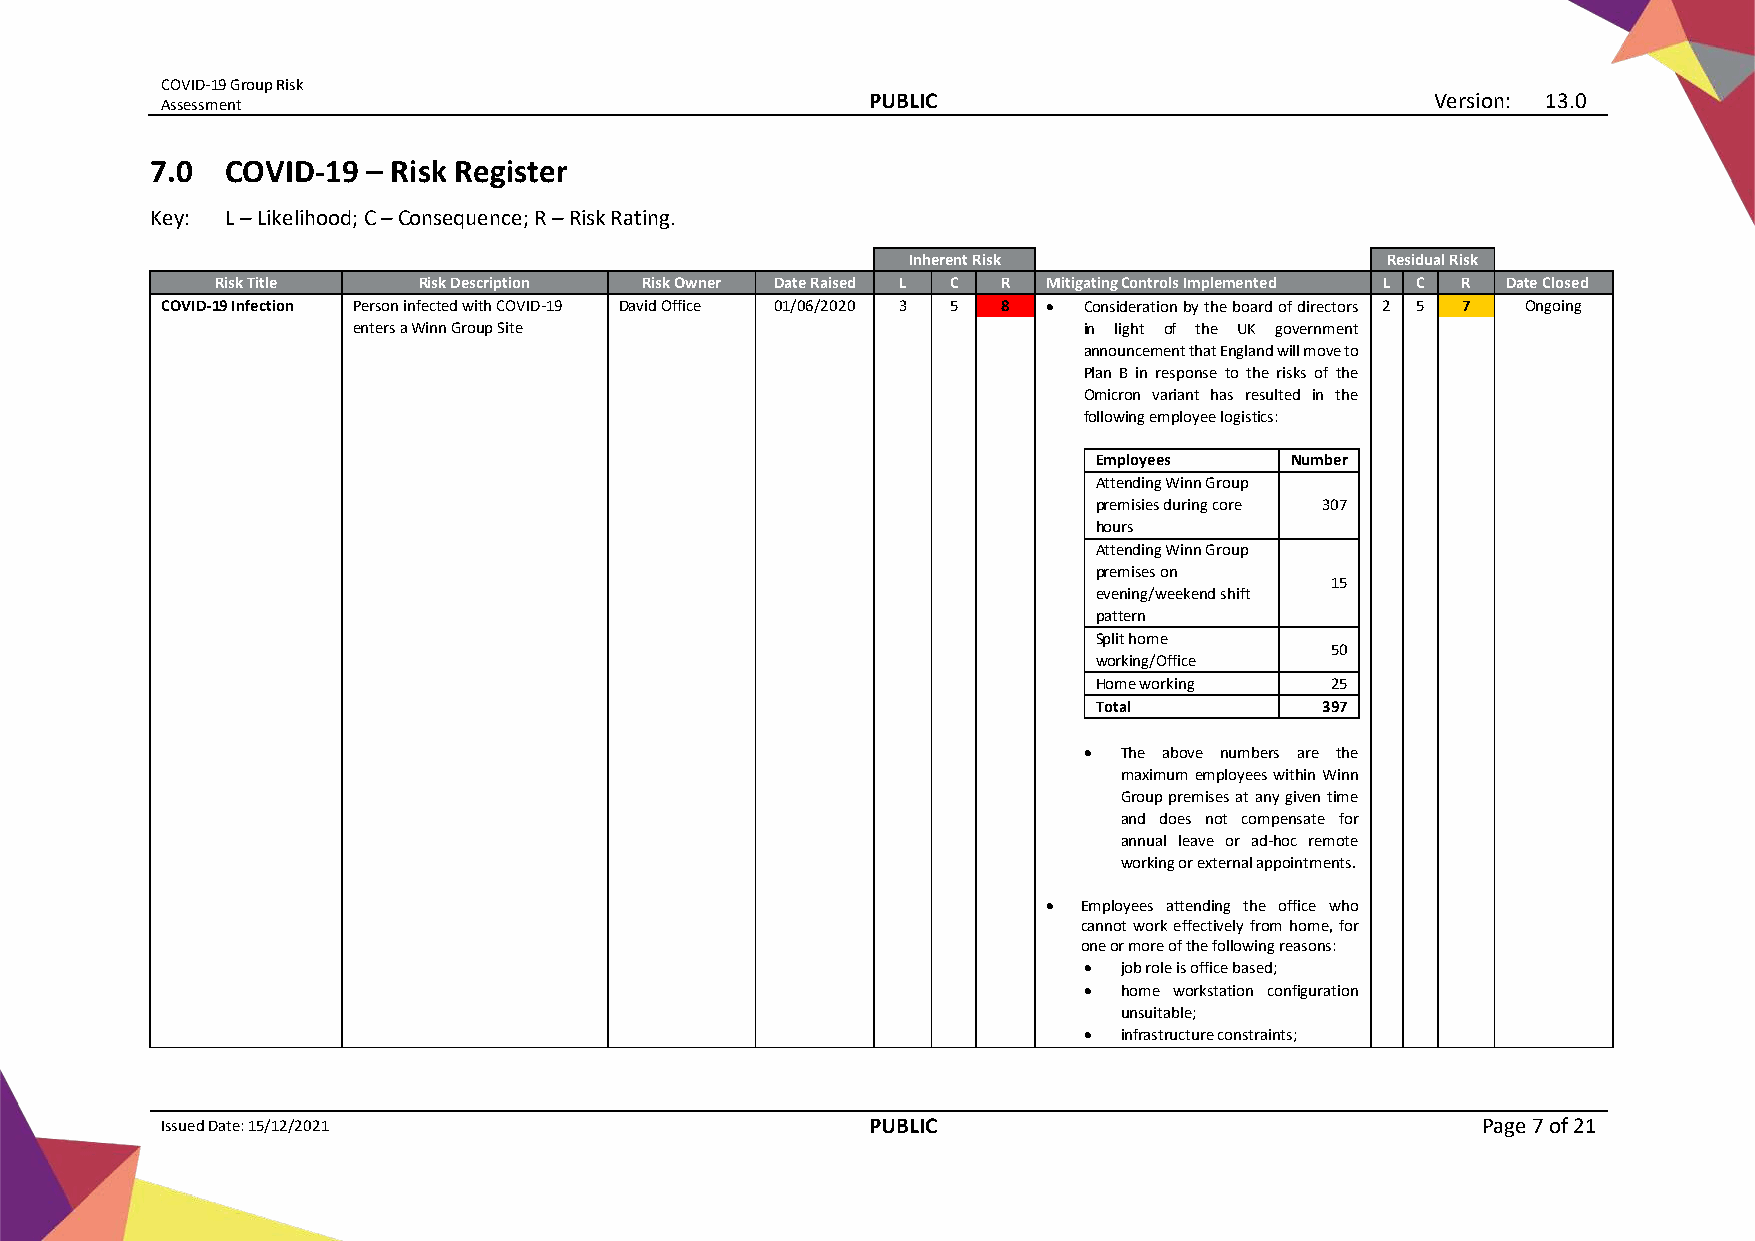
COVID-19 Group Risk
 Assessment
 PUBLIC                                Version: 13.0
 7.0  COVID-19 – Risk Register
 Key: L – Likelihood; C – Consequence; R – Risk Rating.
 Inherent Risk                   Residual Risk
 Risk Title    Risk Description Risk Owner Date Raised L C R Mitigating Controls Implemented L C R Date Closed
 COVID-19 Infection Person infected with COVID-19 David Office 01/06/2020 3 5 8 • Consideration by the board of directors 2 5 7 Ongoing
 enters a Winn Group Site                         in light of the UK government
 announcement that England will move to
 Plan B in response to the risks of the
 Omicron variant has resulted in the
 following employee logistics:
 Employees    Number
 Attending Winn Group
 premisies during core 307
 hours
 Attending Winn Group
 premises on
 15
 evening/weekend shift
 pattern
 Split home
 50
 working/Office
 Home working    25
 Total          397
 • The above numbers are the
 maximum employees within Winn
 Group premises at any given time
 and does not compensate for
 annual leave or ad-hoc remote
 working or external appointments.
 •  Employees attending the office who
 cannot work effectively from home, for
 one or more of the following reasons:
 • job role is office based;
 • home workstation configuration
 unsuitable;
 • infrastructure constraints;
 Issued Date: 15/12/2021                       PUBLIC                                   Page 7 of 21